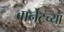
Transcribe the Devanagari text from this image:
बार्नेटच्या